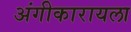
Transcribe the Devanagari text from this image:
अंगीकारायला